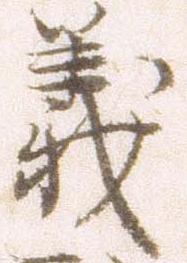
義